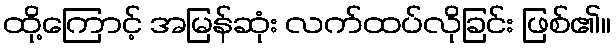
ထို့ကြောင့် အမြန်ဆုံး လက်ထပ်လိုခြင်း ဖြစ်၏။